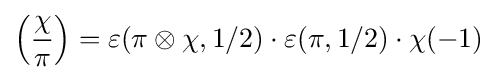
\left({\frac {\chi }{\pi }}\right)=\varepsilon (\pi \otimes \chi ,1/2)\cdot \varepsilon (\pi ,1/2)\cdot \chi (-1)